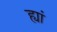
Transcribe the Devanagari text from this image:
ह्यां